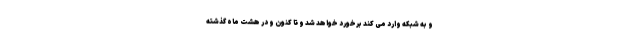
و به شبکه وارد می کند برخورد خواهد شد و تا کنون و در هشت ماه گذشته